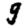
Digit: 9